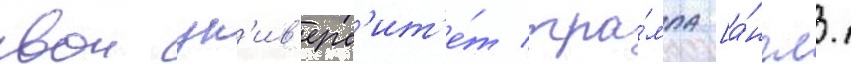
свои ун'ив'ерс'ит'е́т тра́мпа [а́нгл.